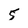
Character: 5